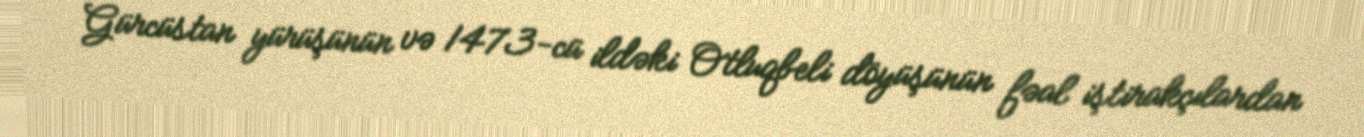
Gürcüstan yürüşünün və 1473-cü ildəki Otluqbeli döyüşünün fəal iştirakçılardan